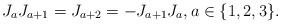
LaTeX: \begin{align*}J_aJ_{a+1}=J_{a+2}=-J_{a+1}J_a, a\in\{1,2,3\}. \end{align*}